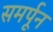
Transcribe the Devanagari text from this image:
समर्पून